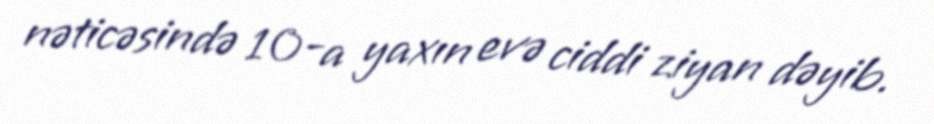
nəticəsində 10-a yaxın evə ciddi ziyan dəyib.